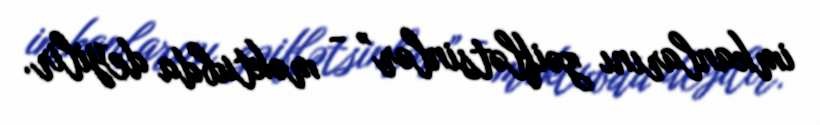
imkanlarını zəiflətsinlər” - məktubda deyilir.